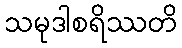
သမုဒါစရိဿတိ